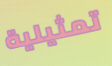
تمثيلية